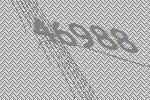
46988